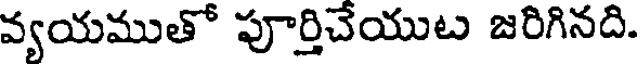
వ్యయముతో పూర్తిచేయుట జరిగినది.